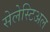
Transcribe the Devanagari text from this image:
सेलेस्टिअल